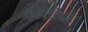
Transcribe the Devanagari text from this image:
वस्तीघट